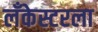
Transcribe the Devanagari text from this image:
लँकेस्टरला